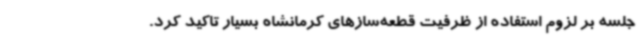
جلسه بر لزوم استفاده از ظرفیت قطعه‌سازهای کرمانشاه بسیار تاکید کرد.